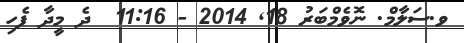
ވ.ސަލާމް. ނޮވެމްބަރު 18